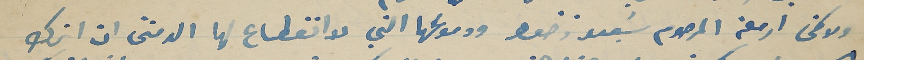
ولا كفى ارملة المرحوم سَعيد زخور ودموعها التي لا انقطاع لها الدمتنى ان اترك